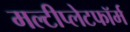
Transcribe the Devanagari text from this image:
मल्टीप्लेटफॉर्म